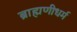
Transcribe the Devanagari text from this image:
ब्राह्मणीधर्म